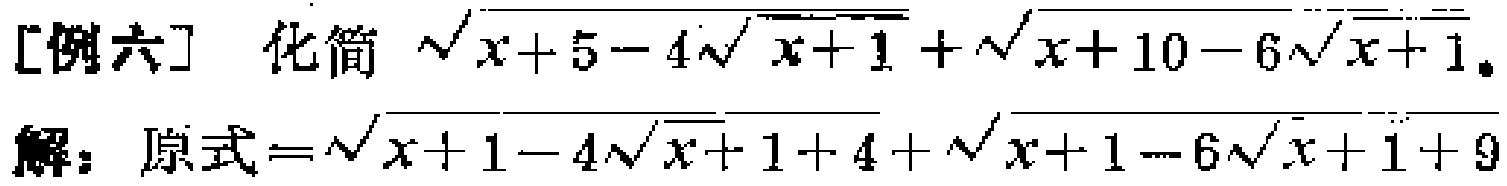
[例六] 化简 $\sqrt{x + 5 - 4\sqrt{x + 1}}+\sqrt{x + 10 - 6\sqrt{x + 1}}$。

解：原式$=\sqrt{x + 1 - 4\sqrt{x + 1}+4}+\sqrt{x + 1 - 6\sqrt{x + 1}+9}$